Taavet_Bergmanni_abiraha_sihtasutus, lk 28
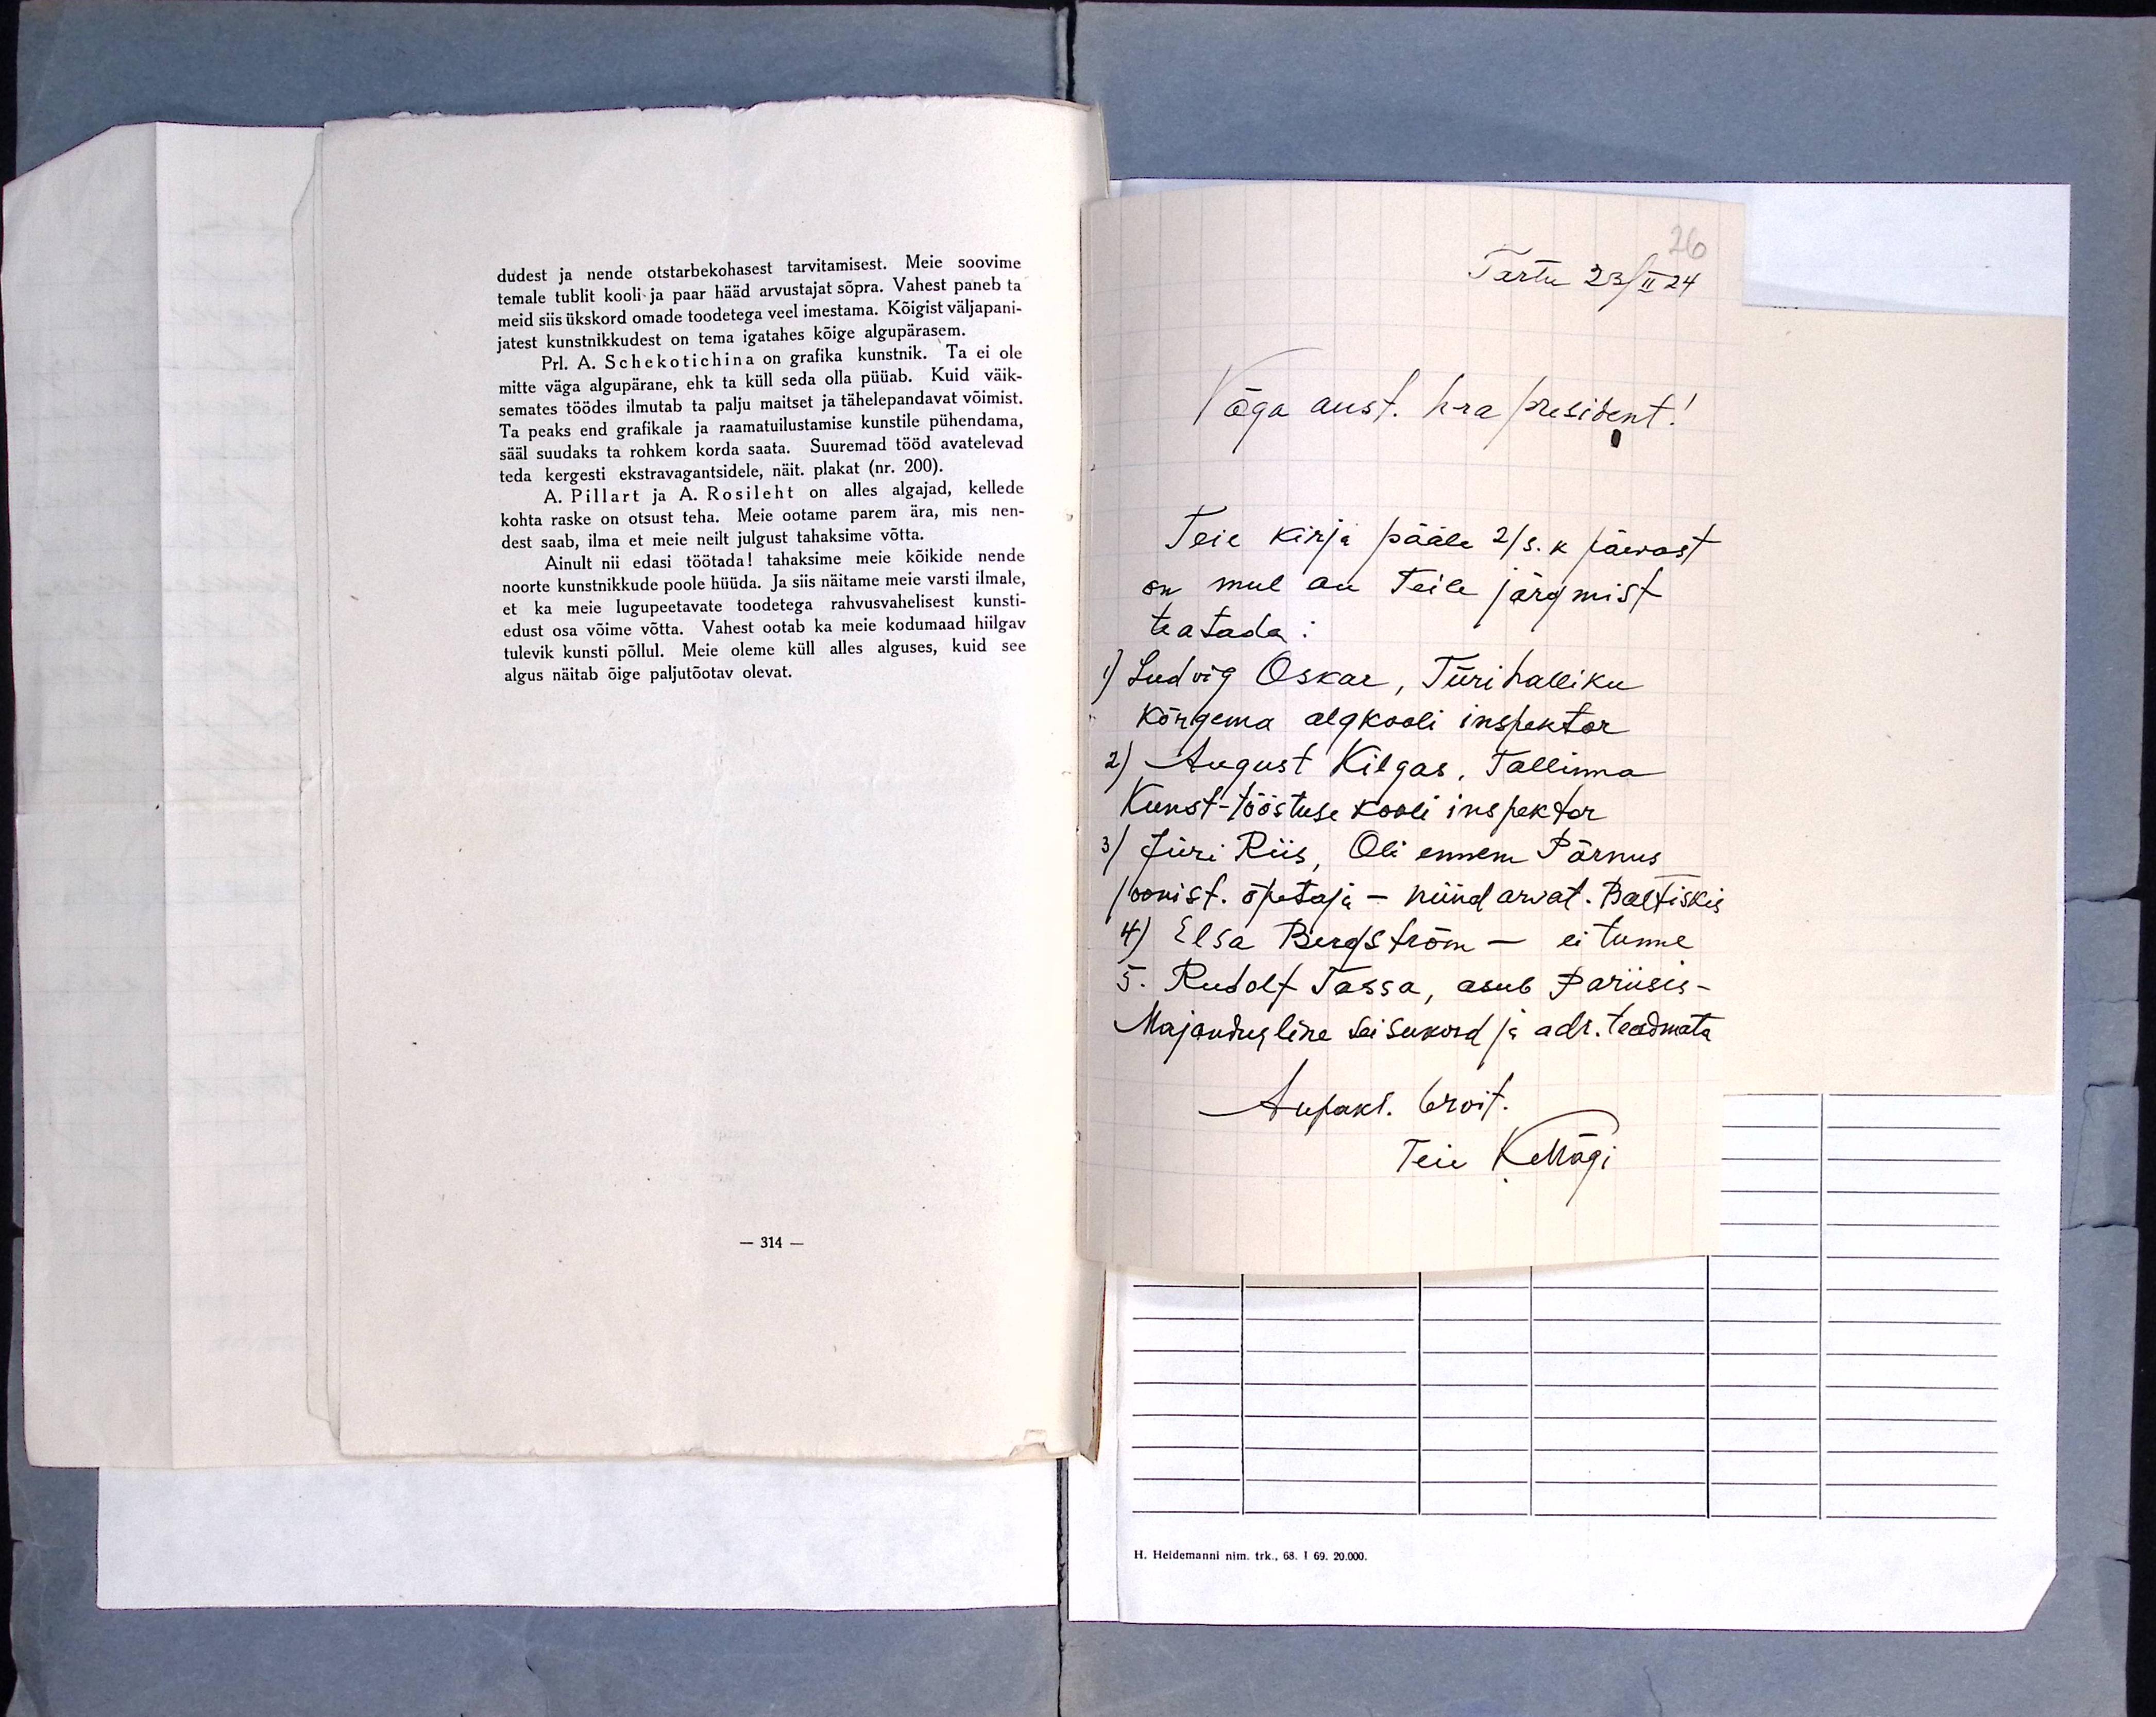
dudest ja nende otstarbekohasest tarvitamisest. Meie soovime
temale tublit kooli ja paar hääd arvustajat sõpra. Vahest paneb ta
meid siis ükskord omade toodetega veel imestama. Kõigist väljapani-
jatest kunstnikkudest on tema igatahes kõige algupärasem.
Prl. A. Schekotichina on grafika kunstnik. Ta ei ole
mitte väga algupärane, ehk ta küll seda olla püüab. Kuid väik-
semates töödes ilmutab ta palju maitset ja tähelepandavat võimist.
Ta peaks end grafikale ja raamatuilustamise kunstile pühendama,
sääl suudaks ta rohkem korda saata. Suuremad tööd avatelevad
teda kergesti ekstravagantsidele, näit. plakat (nr. 200).
A. Pillart ja A. Rosileht on alles algajad, kellede
kohta raske on otsust teha. Meie ootame parem ära, mis nen-
dest saab, ilma et meie neilt julgust tahaksime võtta.
Ainult nii edasi töötada! tahaksime meie kõikide nende
noorte kunstnikkude poole hüüda. Ja siis näitame meie varsti ilmale,
et ka meie lugupeetavate toodetega rahvusvahelisest kunsti-
edust osa võime võtta. Vahest ootab ka meie kodumaad hiilgav
tulevik kunsti põllul. Meie oleme küll alles alguses, kuid see
algus näitab õige paljutõotav olevat.

26
Tartu 23/II 24
Väga aust. hra president!
Teie kirja pääle 2/s.k päevast
on mul au Teile järgmist
teatada:
1) Ludvig Oskar, Türihalliku
Kõrgema algkooli inspektor
2) August Kilgas, Tallinna
Kunst-tööstuse kooli inspektor
3) Jüri Riis, Oli ennem Pärnus
joonist. õpetaja - nüüd arvat. Baltiskis
4) Elsa Bergström - ei tunne
5. Rudolf Tassa, asub Pariisis-
Majandusline seisukord ja adr. teadmata
Aupakl. tervit.
Teie KMägi